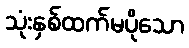
သုံးနှစ်ထက်မပိုသော